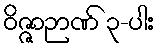
ဝိဇ္ဇာဉာဏ် ၃-ပါး